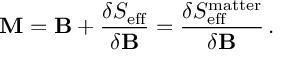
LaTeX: { \bf M } = { \bf B } + { \frac { \delta S _ { \mathrm { e f f } } } { \delta { \bf B } } } = { \frac { \delta S _ { \mathrm { e f f } } ^ { \mathrm { m a t t e r } } } { \delta { \bf B } } } \, .